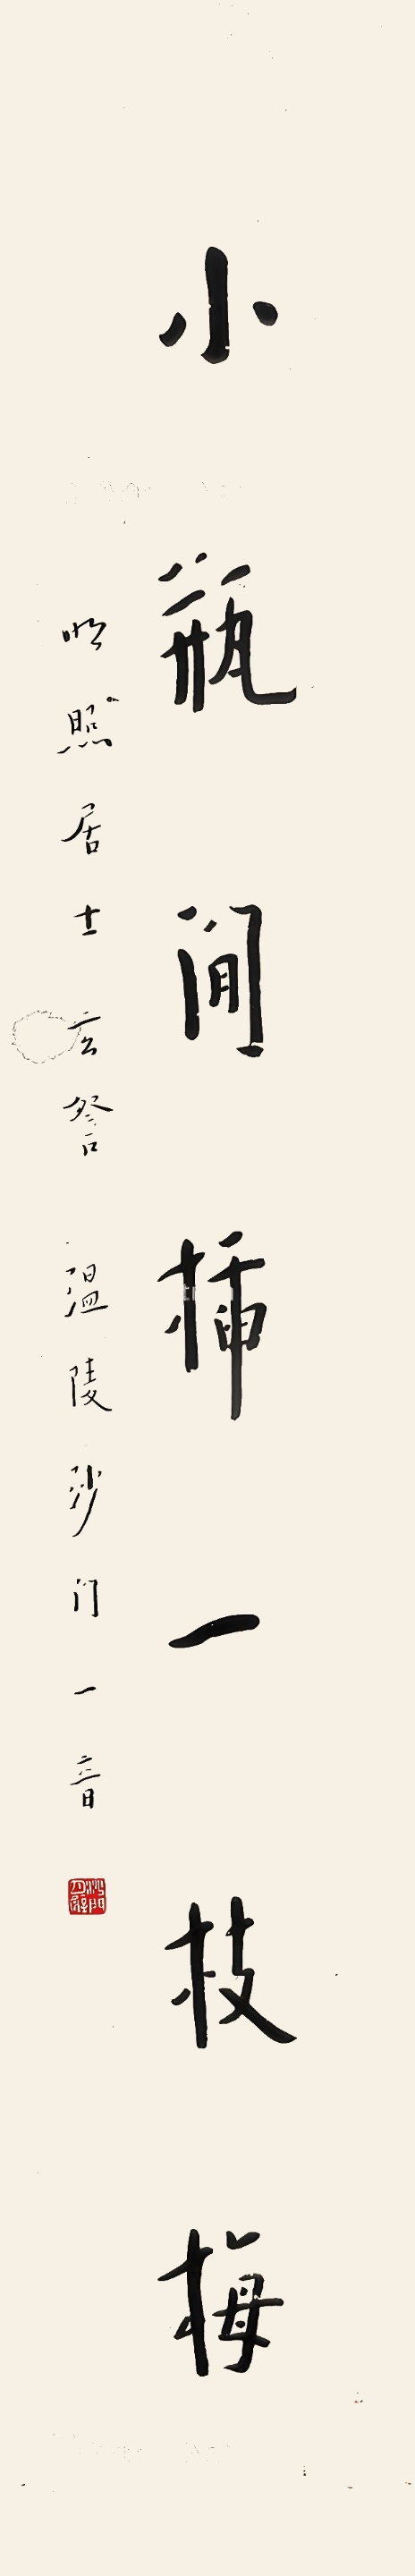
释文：小瓶闲插一枝梅。明照居士玄詧。温陵沙门一音。